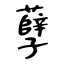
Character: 孽